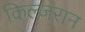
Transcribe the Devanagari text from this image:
किल्जरान